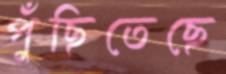
পুঁছিতেছে